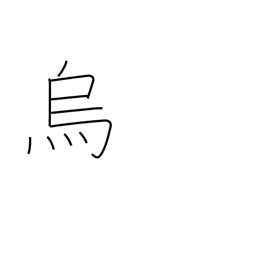
Meaning: raven